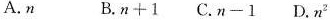
A.n B.$$n+1$$ C.$$n-1$$ D.n^{2}